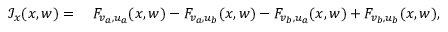
\begin{array} { r l } { \mathcal { I } _ { x } ( x , w ) = { } } & { { } F _ { v _ { a } , u _ { a } } ( x , w ) - F _ { v _ { a } , u _ { b } } ( x , w ) - F _ { v _ { b } , u _ { a } } ( x , w ) + F _ { v _ { b } , u _ { b } } ( x , w ) , } \end{array}